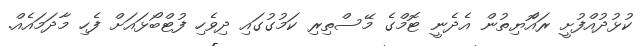
ކުޅުދުއްފުށީ ރައްޮޔިތުން އެދެނީ ޓޮމްގެ މޭސްތިރި ކަމުގުގައި ދިވެހި ފުޓްބޯޅައަށް ފެހި މާދަމައެއް.